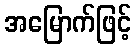
အမြောက်ဖြင့်